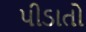
પીડાતો